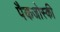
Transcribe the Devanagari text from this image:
पैकजोस्की